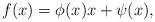
LaTeX: \begin{align*}f(x) = \phi(x)x + \psi(x),\end{align*}